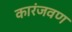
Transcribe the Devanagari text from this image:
कारंजवण